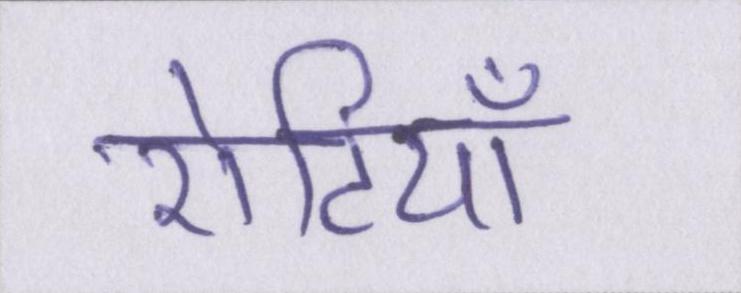
रोटियाँ